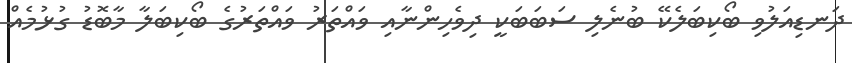
ދަނޑިއަލުވި ބޯކިބަލެކޭ ބުނެލި ސަބަބަކީ ދިވެހިންނާއި ވައްތަރު ވައްތަރުގެ ބޯކިބަލާ މާބޮޑު ގުޅުމެއް